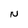
Character: N